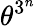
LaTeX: \theta^{3^{n}}